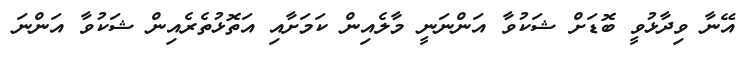
އޭނާ ވިދާޅުވީ ބޮޑަށް ޝަކުވާ އަންނަނީ މާލެއިން ކަމަށާއި އަތޮޅުތެރެއިން ޝަކުވާ އަންނަ